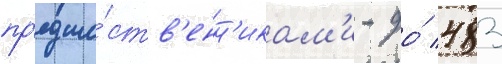
пр'едше́ств'енн'икам'и - до́ 483